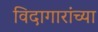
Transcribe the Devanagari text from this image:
विदागारांच्या